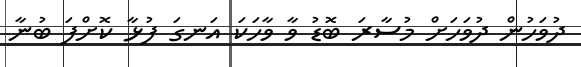
ދުވަހުން ދުވަހަށް މުސާރަ ބޮޑު ވާ ވާހަކަ އަނގަ ފުޅާ ކޮށްފަ ބުނާ